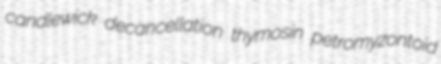
candlewick decancellation thymosin petromyzontoid